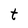
Character: t